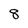
Character: 8